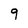
Character: 9